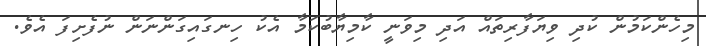
މިހެންކަމުން ކުދި ވިޔަފާރިތައް އަދި މިވަނީ ކާމިޔާބުކަމާ އެކު ހިނގައިގަންނަން ނުފެށިފަ އެވެ.